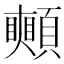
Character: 𩕦